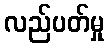
လည်ပတ်မှု